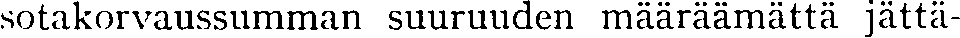
sotakorvaussumman suuruuden määräämättä jättä-